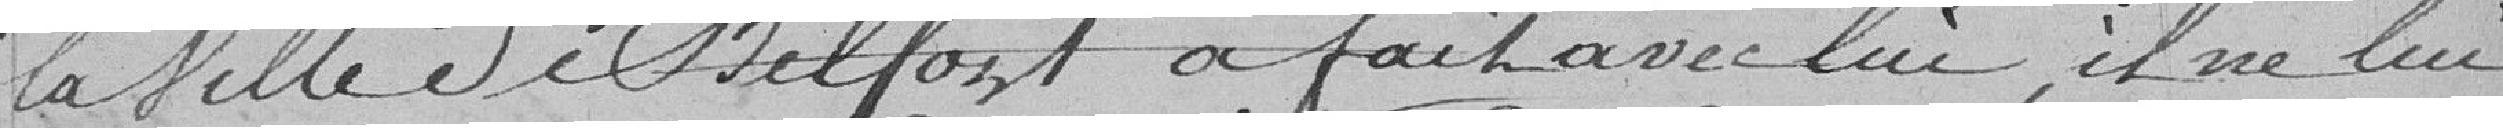
la Ville de Belfort a fait avec lui, il ne lui